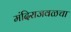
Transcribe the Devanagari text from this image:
मंदिराजवळचा